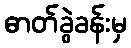
ဓာတ်ခွဲခန်းမှ